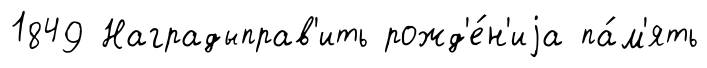
1849 Наградыправ'ить рожд'е́н'иjа па́м'ять